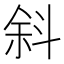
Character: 斜